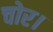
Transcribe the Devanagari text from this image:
चोर।